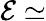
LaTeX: \cal{E}\simeq